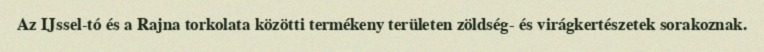
Az IJssel-tó és a Rajna torkolata közötti termékeny területen zöldség- és virágkertészetek sorakoznak.